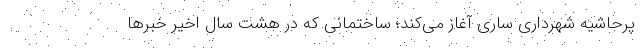
پرحاشیه شهرداری ساری آغاز می‌کند؛ ساختمانی که در هشت سال اخیر خبرها